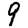
Digit: 9